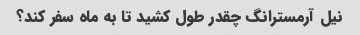
نیل آرمسترانگ چقدر طول کشید تا به ماه سفر کند؟